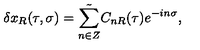
\delta x _ { R } ( \tau , \sigma ) = \tilde { \sum _ { n \in Z } } C _ { n R } ( \tau ) e ^ { - i n \sigma } ,